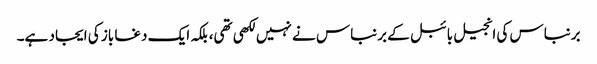
برنباس کی انجیل بائبل کے برنباس نے نہیں لکھی تھی، بلکہ ایک دغا باز کی ایجاد ہے۔